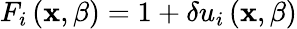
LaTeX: F_{i}\left(\mathbf{x},\beta\right)=1+\delta u_{i}\left(\mathbf{x},\beta\right)